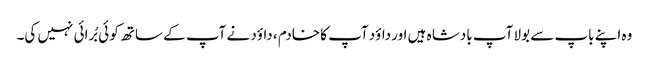
وہ اپنے باپ سے بولا آپ بادشا ہ ہیں اور داؤد آپ کا خادم ، داؤد نے آپ کے ساتھ کو ئی بُرائی نہیں کی۔